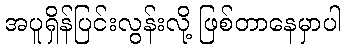
အပူရှိန်ပြင်းလွန်းလို့ ဖြစ်တာနေမှာပါ